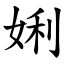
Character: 娳